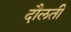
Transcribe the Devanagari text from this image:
दौलती